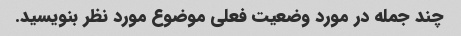
چند جمله در مورد وضعیت فعلی موضوع مورد نظر بنویسید.